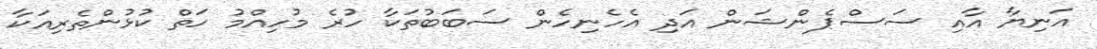
އަނިޔާ އާއި ސަސްޕެންޝަން އަދި އެހެނިހެން ސަބަބުތަކާ ހުރެ މުހިއްމު ހަތް ކުޅުންތެރިއަކާ